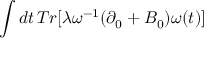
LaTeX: \int d t \, T r [ \lambda \omega ^ { - 1 } ( \partial _ { 0 } + B _ { 0 } ) \omega ( t ) ]